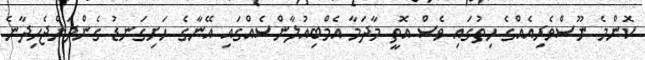
ކޮންމެ ނޫސްވެރިއެއްގެ ހިތުގައި ވެސް އޮތީ މާދަމާ އެމްބިއުލާންސެއްގައި އޭނާގެ ހަށިގަނޑު ގެންދަންޖެހިދާނެ